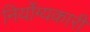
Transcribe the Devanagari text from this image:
निर्योग्यकारी